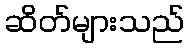
ဆိတ်များသည်